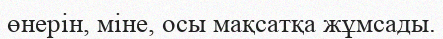
өнерін, міне, осы мақсатқа жұмсады.